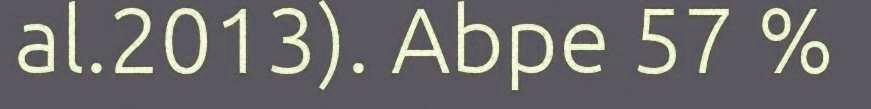
al.2013). Abpe 57 %